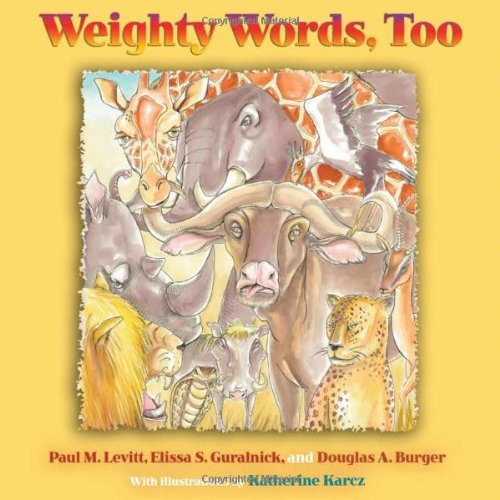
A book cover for Weighty Words, Too; Paul M. Levitt; Humor & Entertainment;